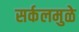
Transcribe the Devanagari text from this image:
सर्कलमुळे